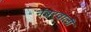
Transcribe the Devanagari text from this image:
नंबरवाली